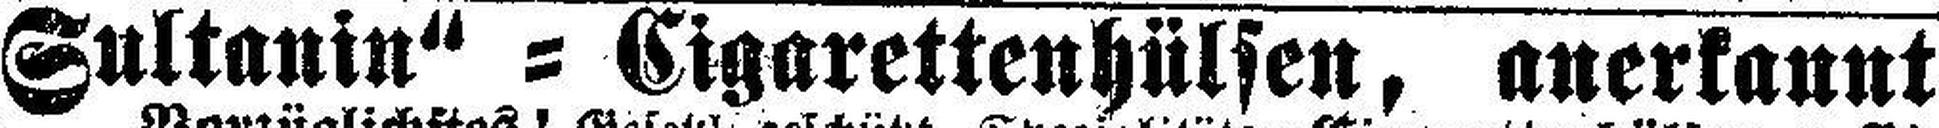
„Sultanin“ = Cigarettenhülsen, anerkannt